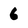
Character: 6